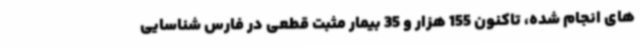
های انجام شده، تاکنون 155 هزار و 35 بیمار مثبت قطعی در فارس شناسایی